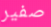
صفير